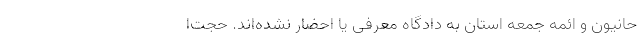
حانیون و ائمه جمعه استان به دادگاه معرفی یا احضار نشده‌اند. حجت‌ا